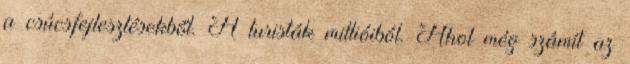
a csúcsfejlesztésekből. A turisták millióiból. Ahol még számít az